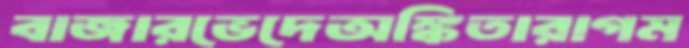
বাজারভেদেঅঙ্কিতারাগম